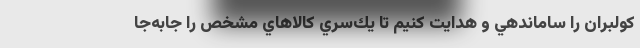
كولبران را ساماندهي و هدايت كنيم تا يك‌سري كالاهاي مشخص را جابه‌جا